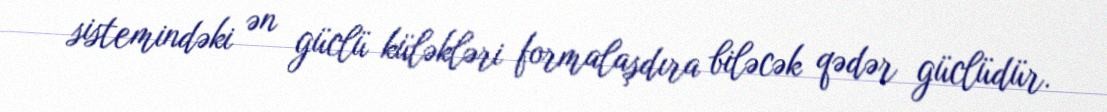
sistemindəki ən güclü küləkləri formalaşdıra biləcək qədər güclüdür.